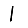
Digit: 1